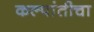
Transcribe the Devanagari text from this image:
कल्पांतीचा